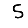
Digit: 5